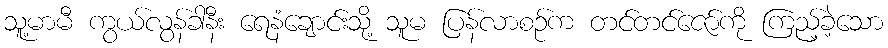
သူ့မာမီ ကွယ်လွန်ခါနီး ရေနံချောင်းသို့ သူမ ပြန်လာစဉ်က တင်တင်ဇော်ကို ကြည့်ခဲ့သော